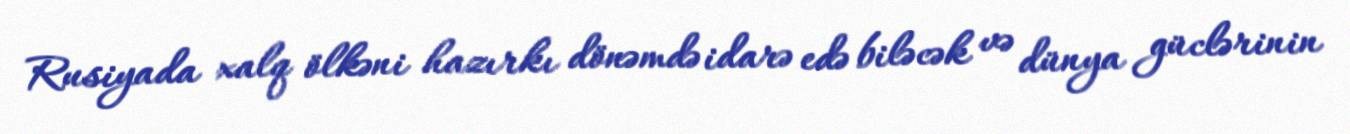
Rusiyada xalq ölkəni hazırkı dönəmdə idarə edə biləcək və dünya güclərinin